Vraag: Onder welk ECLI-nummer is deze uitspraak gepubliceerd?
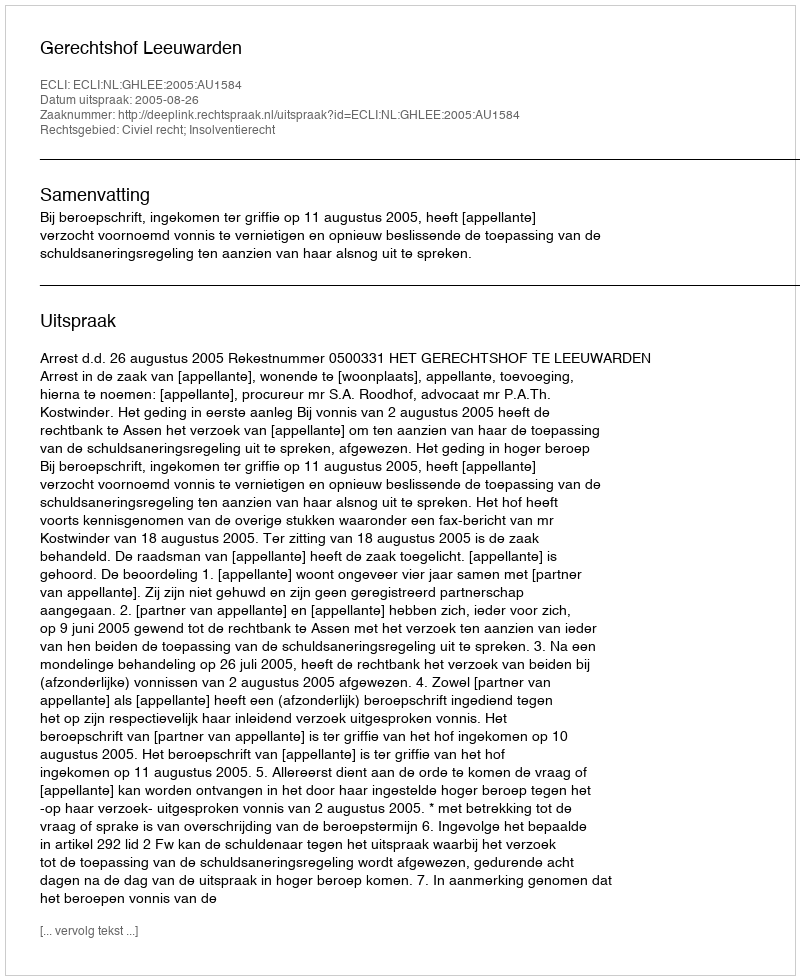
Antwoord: ECLI:NL:GHLEE:2005:AU1584